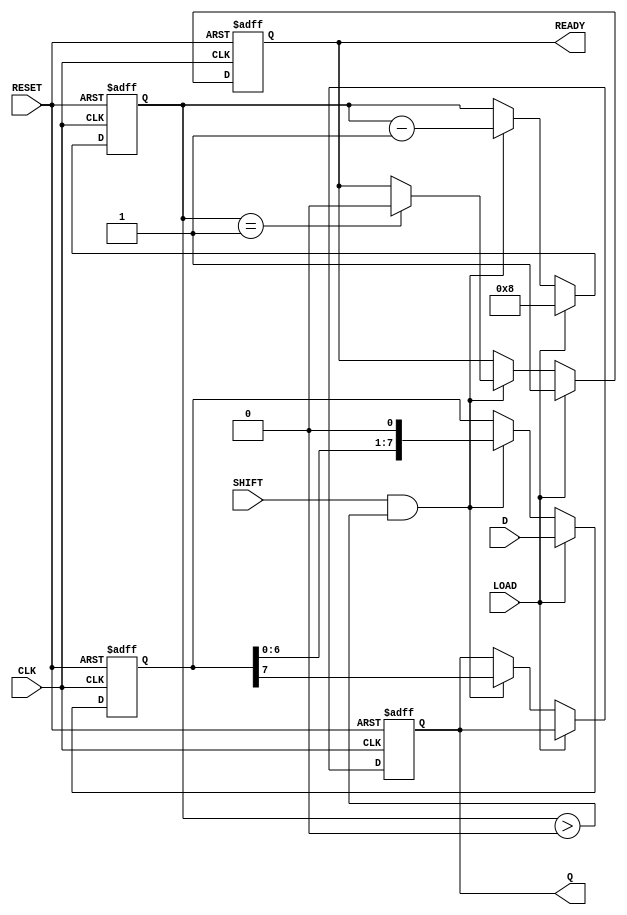
module PISO_Register #(
    parameter WIDTH = 8  // Width of the data input
)(
    input wire [WIDTH-1:0] D,     // Parallel data input
    input wire LOAD,               // Load control signal
    input wire CLK,                // Clock signal
    input wire SHIFT,              // Shift control signal
    input wire RESET,              // Asynchronous reset signal
    output reg Q,                  // Serial output
    output reg READY               // Data ready signal
);

    reg [WIDTH-1:0] shift_reg;     // Shift register to hold the data
    reg [3:0] count;               // Counter to track the number of bits shifted out

    always @(posedge CLK or posedge RESET) begin
        if (RESET) begin
            shift_reg <= 0;         // Clear the shift register
            Q <= 0;                 // Clear the serial output
            READY <= 0;             // Clear the ready signal
            count <= 0;             // Reset the counter
        end else begin
            if (LOAD) begin
                shift_reg <= D;      // Load data into the shift register
                READY <= 1;          // Indicate data is ready
                count <= WIDTH;      // Set count to the width of the data
            end else if (SHIFT && count > 0) begin
                Q <= shift_reg[WIDTH-1]; // Output the MSB
                shift_reg <= shift_reg << 1; // Shift left
                count <= count - 1; // Decrement the count
                if (count == 1) begin
                    READY <= 0;      // Clear ready signal when done
                end
            end
        end
    end

endmodule